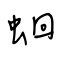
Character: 蛔